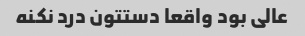
عالی بود واقعا دستتون درد نکنه